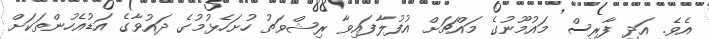
އެވެ. އަދި ފާރިސް މައުމޫނުގެ މައްޗަށް އުފުލާފައިވާ ރިޝްވަތު ހުށަހެޅުމުގެ ދައުވާގެ އަޑުއެހުންތަކަށް